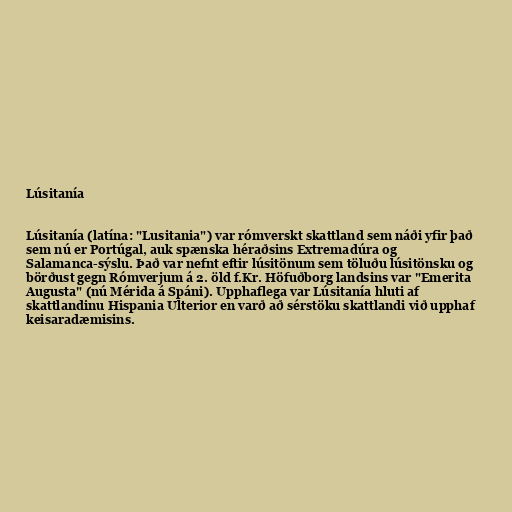
Lúsitanía

Lúsitanía (latína: "Lusitania") var rómverskt skattland sem náði yfir það
sem nú er Portúgal, auk spænska héraðsins Extremadúra og
Salamanca-sýslu. Það var nefnt eftir lúsitönum sem töluðu lúsitönsku og
börðust gegn Rómverjum á 2. öld f.Kr. Höfuðborg landsins var "Emerita
Augusta" (nú Mérida á Spáni). Upphaflega var Lúsitanía hluti af
skattlandinu Hispania Ulterior en varð að sérstöku skattlandi við upphaf
keisaradæmisins.